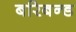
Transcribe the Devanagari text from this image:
बरिबन्ड